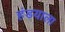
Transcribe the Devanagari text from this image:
हंडयाला